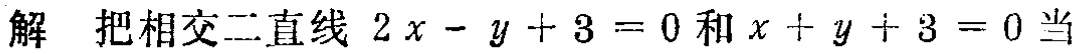
解 把相交二直线 \(2x - y + 3 = 0\) 和 \(x + y + 3 = 0\) 当